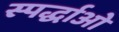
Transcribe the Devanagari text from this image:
स्पर्द्धाओं